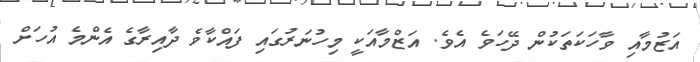
އަޒުމާއި ވާހަކަތަކުން ދޭހަވެ އެވެ. އަޒްމާއަކީ މިހުނަރުގައި ފައްކާވެ ދާއިރާގެ އެންމެ އުހަށް